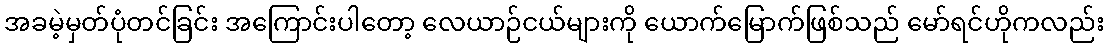
အခမဲ့မှတ်ပုံတင်ခြင်း အကြောင်းပါတော့ လေယာဉ်ငယ်များကို ယောက်မြောက်ဖြစ်သည် မော်ရင်ဟိုကလည်း